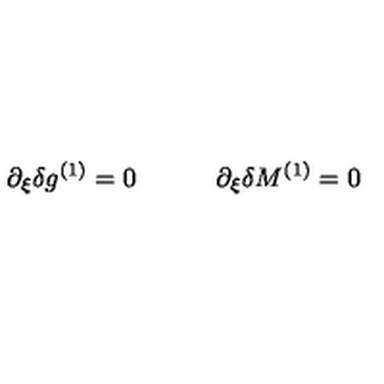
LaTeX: \partial _ { \xi } \delta g ^ { ( 1 ) } = 0 \qquad \quad \partial _ { \xi } \delta M ^ { ( 1 ) } = 0